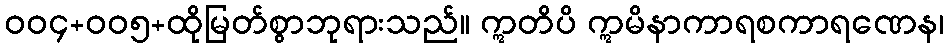
ဝဝ၄+ဝဝ၅+ထိုမြတ်စွာဘုရားသည်။ ဣတိပိ ဣမိနာကာရစကာရဏေန၊